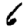
Digit: 6